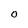
Character: 0